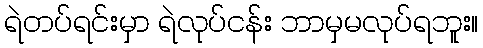
ရဲတပ်ရင်းမှာ ရဲလုပ်ငန်း ဘာမှမလုပ်ရဘူး။